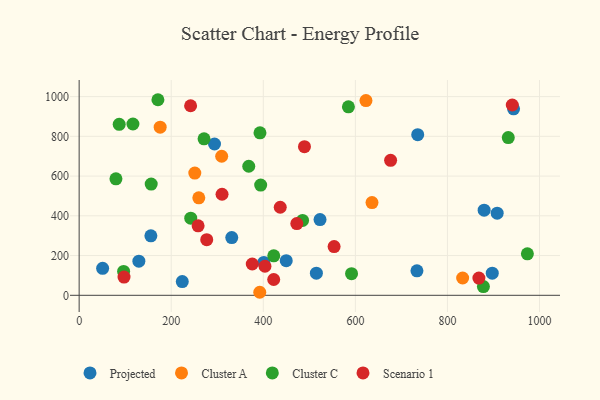
{"axis": {"x": "Ad Spend", "y": "Sales"}, "legend": ["Cluster A", "Cluster C", "Projected", "Scenario 1"], "data": [{"x": "879.7", "y": 428.3, "type": "Projected"}, {"x": "515.3", "y": 111.4, "type": "Projected"}, {"x": "735.4", "y": 808.3, "type": "Projected"}, {"x": "331.5", "y": 290.5, "type": "Projected"}, {"x": "449.8", "y": 174.2, "type": "Projected"}, {"x": "897.3", "y": 111.1, "type": "Projected"}, {"x": "129.7", "y": 171.5, "type": "Projected"}, {"x": "908.0", "y": 413.2, "type": "Projected"}, {"x": "294.0", "y": 761.4, "type": "Projected"}, {"x": "943.6", "y": 938.6, "type": "Projected"}, {"x": "155.8", "y": 299.2, "type": "Projected"}, {"x": "733.7", "y": 123.4, "type": "Projected"}, {"x": "523.2", "y": 381.3, "type": "Projected"}, {"x": "51.0", "y": 135.7, "type": "Projected"}, {"x": "224.0", "y": 69.1, "type": "Projected"}, {"x": "401.2", "y": 165.4, "type": "Projected"}, {"x": "833.0", "y": 87.1, "type": "Cluster A"}, {"x": "309.6", "y": 699.9, "type": "Cluster A"}, {"x": "251.2", "y": 615.1, "type": "Cluster A"}, {"x": "259.9", "y": 490.7, "type": "Cluster A"}, {"x": "623.0", "y": 979.9, "type": "Cluster A"}, {"x": "392.3", "y": 15.2, "type": "Cluster A"}, {"x": "636.1", "y": 466.9, "type": "Cluster A"}, {"x": "176.0", "y": 845.9, "type": "Cluster A"}, {"x": "584.9", "y": 948.7, "type": "Cluster C"}, {"x": "79.9", "y": 586.1, "type": "Cluster C"}, {"x": "242.4", "y": 388.3, "type": "Cluster C"}, {"x": "96.6", "y": 119.9, "type": "Cluster C"}, {"x": "394.3", "y": 554.9, "type": "Cluster C"}, {"x": "973.6", "y": 208.8, "type": "Cluster C"}, {"x": "368.4", "y": 649.5, "type": "Cluster C"}, {"x": "116.8", "y": 862.2, "type": "Cluster C"}, {"x": "271.3", "y": 787.5, "type": "Cluster C"}, {"x": "87.0", "y": 860.6, "type": "Cluster C"}, {"x": "591.7", "y": 108.8, "type": "Cluster C"}, {"x": "932.1", "y": 793.8, "type": "Cluster C"}, {"x": "878.1", "y": 44.1, "type": "Cluster C"}, {"x": "392.8", "y": 817.6, "type": "Cluster C"}, {"x": "171.1", "y": 984.3, "type": "Cluster C"}, {"x": "156.5", "y": 559.8, "type": "Cluster C"}, {"x": "485.3", "y": 376.7, "type": "Cluster C"}, {"x": "422.7", "y": 198.5, "type": "Cluster C"}, {"x": "310.4", "y": 508.6, "type": "Scenario 1"}, {"x": "676.5", "y": 679.3, "type": "Scenario 1"}, {"x": "277.1", "y": 280.1, "type": "Scenario 1"}, {"x": "553.8", "y": 245.2, "type": "Scenario 1"}, {"x": "868.3", "y": 86.5, "type": "Scenario 1"}, {"x": "242.1", "y": 954.1, "type": "Scenario 1"}, {"x": "489.4", "y": 748.2, "type": "Scenario 1"}, {"x": "436.8", "y": 443.2, "type": "Scenario 1"}, {"x": "258.4", "y": 349.8, "type": "Scenario 1"}, {"x": "940.8", "y": 957.8, "type": "Scenario 1"}, {"x": "376.0", "y": 157.4, "type": "Scenario 1"}, {"x": "403.6", "y": 146.3, "type": "Scenario 1"}, {"x": "422.6", "y": 79.4, "type": "Scenario 1"}, {"x": "472.8", "y": 361.2, "type": "Scenario 1"}, {"x": "97.5", "y": 91.8, "type": "Scenario 1"}]}